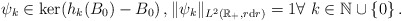
\begin{align*} \psi_k \in \ker (h_k(B_0)-B_0)\,, \|\psi_k\|_{L^2(\mathbb{R}_+, r \mathrm{d}r)} = 1 \forall\ k\in\mathbb{N}\cup\{0\} \,.\end{align*}